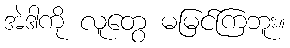
အဲဒါကို လူတွေ မမြင်ကြဘူး။